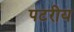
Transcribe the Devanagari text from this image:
पटरीय